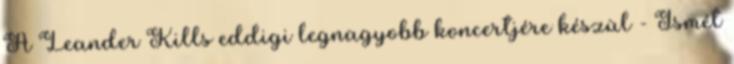
A Leander Kills eddigi legnagyobb koncertjére készül - Ismét